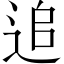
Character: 追